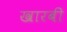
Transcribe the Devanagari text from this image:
खारबी